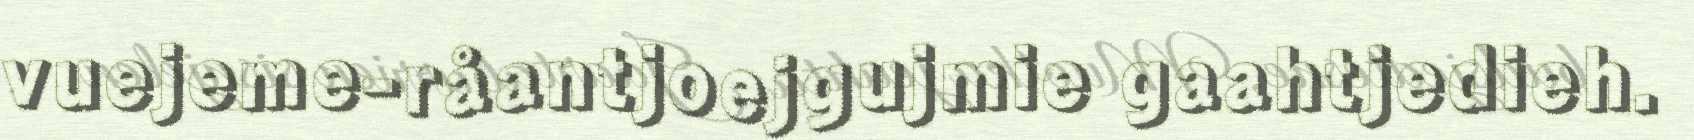
vuejeme-råantjoejgujmie gaahtjedieh.